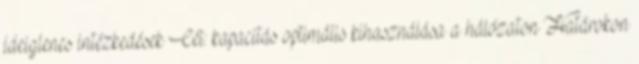
ideiglenes intézkedések Cél: kapacitás optimális kihasználása a hálózaton Határokon